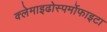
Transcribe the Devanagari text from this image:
क्लेमाइढोस्पर्मोफाइटा